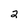
Character: 2